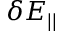
\delta E _ { | | }